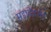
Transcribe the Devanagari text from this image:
महादेवभट